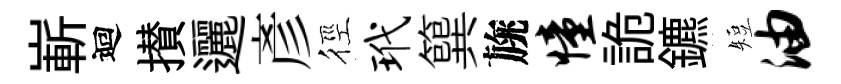
嶄迴攅邐彥徑玳簨旐憧詭鑣短油